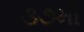
૩૭મો